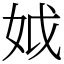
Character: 𡛟